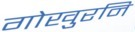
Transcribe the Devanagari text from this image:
गोखुरनि